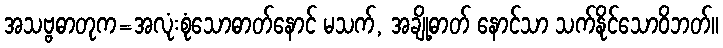
အသဗ္ဗဓာတုက=အလုံးစုံသောဓာတ်နောင် မသက်, အချို့ဓာတ် နောင်သာ သက်နိုင်သောဝိဘတ်။